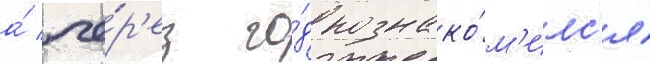
а́ че́р'ез го́д познако́м'илс'я